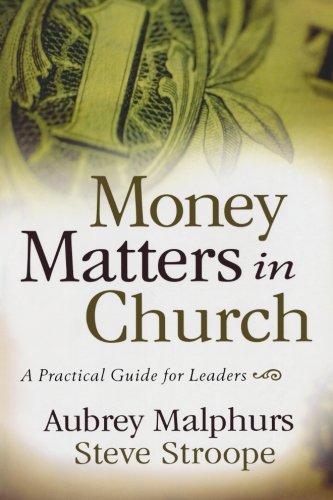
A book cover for Money Matters in Church: A Practical Guide for Leaders; Aubrey Malphurs; Christian Books & Bibles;